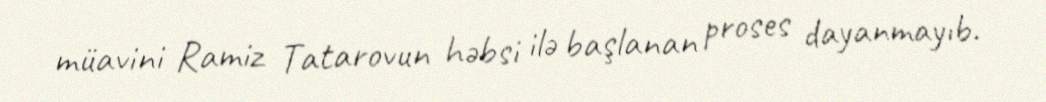
müavini Ramiz Tatarovun həbsi ilə başlanan proses dayanmayıb.